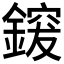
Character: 𮢰